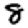
Digit: 8